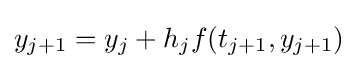
y_{j+1}=y_{j}+h_{j}f(t_{j+1},y_{j+1})